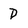
Character: D